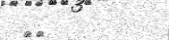
٨٧